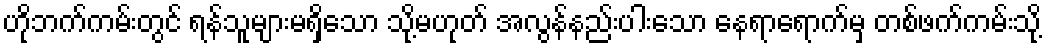
ဟိုဘက်ကမ်းတွင် ရန်သူများမရှိသော သို့မဟုတ် အလွန်နည်းပါးသော နေရာရောက်မှ တစ်ဖက်ကမ်းသို့